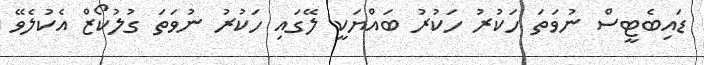
ޑައިބެޓީސް ނުވަތަ ހަކުރު ހަކުރު ބައްޔަކީ ލޭގައި ހަކުރު ނުވަތަ ގުލުކޯޒް އެކުލެވޭ